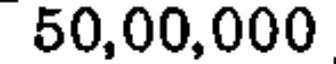
50,00,000